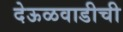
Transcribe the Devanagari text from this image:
देऊळवाडीची